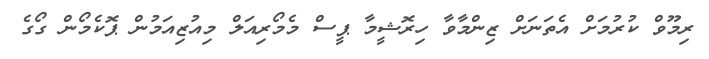
ރިމޫވް ކުރުމަށް އެތަނަށް ޒިންމާވާ ހިރޮޝީމާ ޕީސް މެމޯރިއަލް މިއުޒިއަމުން ޕޮކެމޯން ގޯގެ